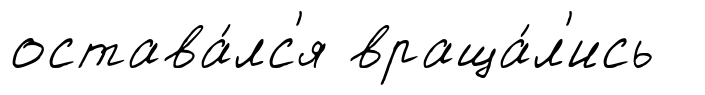
остава́лс'я враща́л'ись